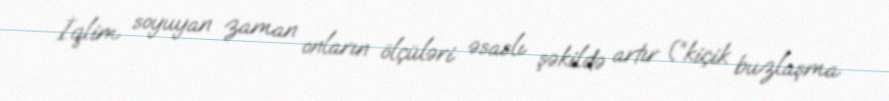
İqlim soyuyan zaman onların ölçüləri əsaslı şəkildə artır (“kiçik buzlaşma